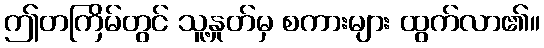
ဤတကြိမ်တွင် သူ့နှုတ်မှ စကားများ ထွက်လာ၏။